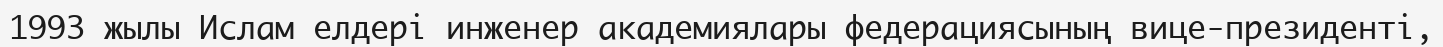
1993 жылы Ислам елдері инженер академиялары федерациясының вице-президенті,